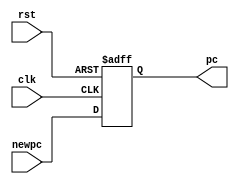
module pcreg (
    input clk,
    input rst,
    input [31:0] newpc,
    output reg [31:0] pc
);

always @ (negedge clk or posedge rst)
begin
    if(rst)
        pc = 32'h0040_0000;
    else
        pc = newpc;
end
    
endmodule